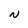
Character: N